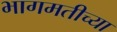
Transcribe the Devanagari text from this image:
भागमतीच्या